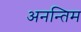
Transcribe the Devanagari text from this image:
अनन्तिम